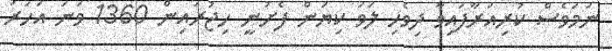
ނަމަވެސް ކުރިއަރާފައިވާ ދިވެހި ލަވަ ކިޔަން ފެށުނީ ހިޖުރައިން 1360 ވަނަ އަހަރު